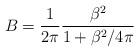
LaTeX: \begin{align*}B=\frac{1}{2\pi} \frac{\beta^{2}}{1+\beta^{2}/4\pi}\end{align*}